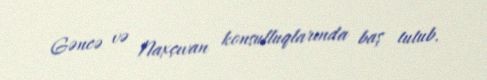
Gəncə və Naxçıvan konsulluqlarında baş tutub.